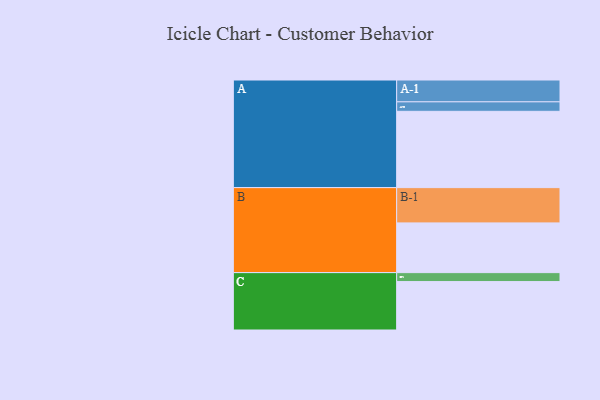
{"axis": {"x": "Segment", "y": "Value"}, "legend": ["", "A", "B", "C"], "data": [{"x": "A", "y": 580, "type": ""}, {"x": "B", "y": 378, "type": ""}, {"x": "C", "y": 368, "type": ""}, {"x": "A-1", "y": 166, "type": "A"}, {"x": "A-2", "y": 72, "type": "A"}, {"x": "B-1", "y": 268, "type": "B"}, {"x": "C-1", "y": 68, "type": "C"}]}